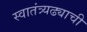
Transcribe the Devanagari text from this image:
स्वातंत्र्यढ्याची